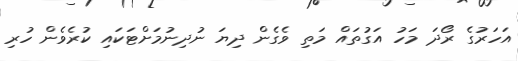
އަހަރުގެ ރޯދަ މަހު އަގުތައް މަތި ވެގެން ދިޔަ ނުދިނުމަށްޓަކައި ކުރެވެން ހުރި